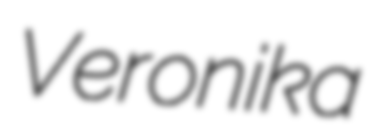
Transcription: Veronika